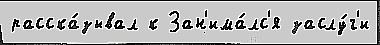
расска́зывал к Зан'има́лс'я заслу́г'и